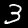
Label: 3